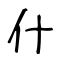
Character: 什